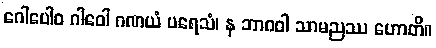
ဂေါပေါဝ ဂါဝေါ ဂဏယံ ပရေသံ၊ န ဘာဂဝါ သာမညဿ ဟောတိ။